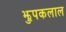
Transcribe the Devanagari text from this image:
झुपकलाल